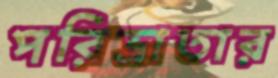
পরিভ্রাতার